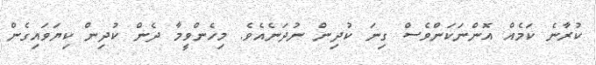
ކުރާނެ ކަމެއް އޮންނަކަންވެސް ގިނަ ކުދިން ނުދަނެއެވެ. މިހެންވީމާ ދެން ކުދިން ކިޔަވައިގެން